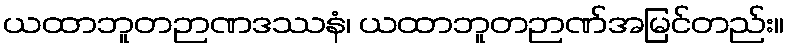
ယထာဘူတဉာဏဒဿနံ၊ ယထာဘူတဉာဏ်အမြင်တည်း။